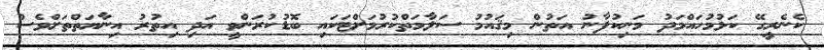
ކެނެރީގޭ ކަޅުމުހައްމަދު މަނިކުފާނު އަތުން މިޤައުމު ސަލާމަތްކުރުމަށްޓަކައި ބޮޑުކުރަންވީ އަދި އިތުރު އިނާޔަތްތަށްވެސް